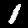
Digit: 1